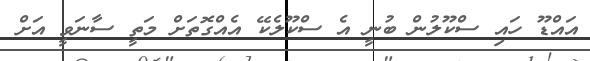
އައްޑޫ ހައި ސްކޫލުން ބުނީ އެ ސްކޫލެކޭ އެއްގޮތަށް މަތީ ސާނަވީ އަށް